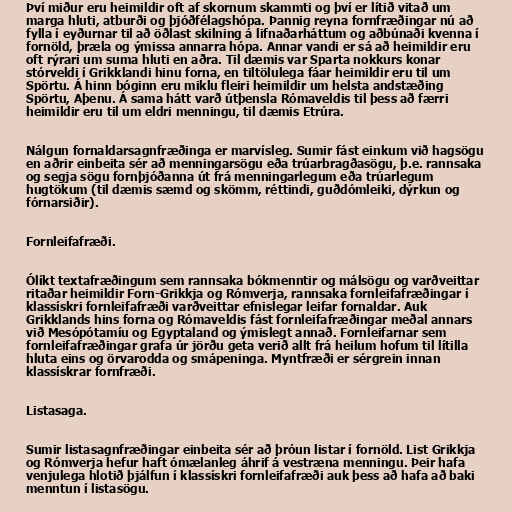
Því miður eru heimildir oft af skornum skammti og því er lítið vitað um
marga hluti, atburði og þjóðfélagshópa. Þannig reyna fornfræðingar nú að
fylla í eyðurnar til að öðlast skilning á lifnaðarháttum og aðbúnaði kvenna í
fornöld, þræla og ýmissa annarra hópa. Annar vandi er sá að heimildir eru
oft rýrari um suma hluti en aðra. Til dæmis var Sparta nokkurs konar
stórveldi í Grikklandi hinu forna, en tiltölulega fáar heimildir eru til um
Spörtu. Á hinn bóginn eru miklu fleiri heimildir um helsta andstæðing
Spörtu, Aþenu. Á sama hátt varð útþensla Rómaveldis til þess að færri
heimildir eru til um eldri menningu, til dæmis Etrúra.

Nálgun fornaldarsagnfræðinga er marvísleg. Sumir fást einkum við hagsögu
en aðrir einbeita sér að menningarsögu eða trúarbragðasögu, þ.e. rannsaka
og segja sögu fornþjóðanna út frá menningarlegum eða trúarlegum
hugtökum (til dæmis sæmd og skömm, réttindi, guðdómleiki, dýrkun og
fórnarsiðir).

Fornleifafræði.

Ólíkt textafræðingum sem rannsaka bókmenntir og málsögu og varðveittar
ritaðar heimildir Forn-Grikkja og Rómverja, rannsaka fornleifafræðingar í
klassískri fornleifafræði varðveittar efnislegar leifar fornaldar. Auk
Grikklands hins forna og Rómaveldis fást fornleifafræðingar meðal annars
við Mesópótamíu og Egyptaland og ýmislegt annað. Fornleifarnar sem
fornleifafræðingar grafa úr jörðu geta verið allt frá heilum hofum til lítilla
hluta eins og örvarodda og smápeninga. Myntfræði er sérgrein innan
klassískrar fornfræði.

Listasaga.

Sumir listasagnfræðingar einbeita sér að þróun listar í fornöld. List Grikkja
og Rómverja hefur haft ómælanleg áhrif á vestræna menningu. Þeir hafa
venjulega hlotið þjálfun í klassískri fornleifafræði auk þess að hafa að baki
menntun í listasögu.